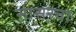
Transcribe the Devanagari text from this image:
सासरचा